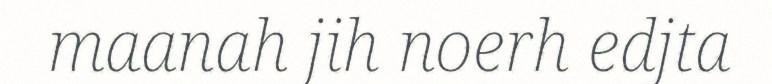
maanah jih noerh edjta